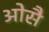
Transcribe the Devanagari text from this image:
ओसै